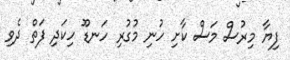
ފިޔާ މިރުސް މަސް ކާށި ހުނި މުގުރި ހަނޑޫ ހިކަދި ފަތް ދެވި